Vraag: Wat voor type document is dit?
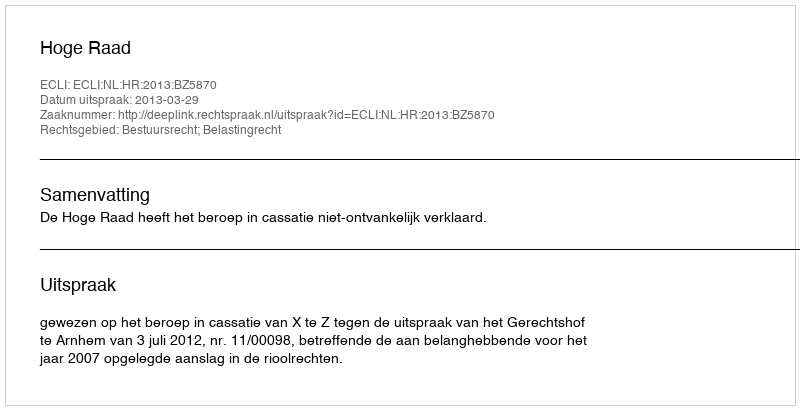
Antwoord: Uitspraak